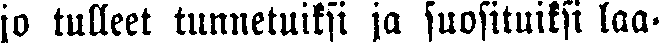
jo tulleet tunnetuiksi ja suosituiksi laa-